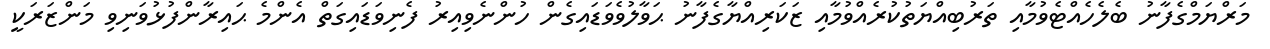
މަރްޔަމްގެފާނު ބެލެހެއްޓެވުމާއި ތަރުބިއްޔަތުކުރެއްވުމާއި ޒަކަރިއްޔާގެފާނު ޙަވާލުވެވަޑައިގެން ހުންނެވިއިރު ފެނިވަޑައިގަތް އެންމެ ޙައިރާންފުޅުވަނިވި މަންޒަރަކީ